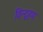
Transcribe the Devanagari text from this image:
विन्द्हम